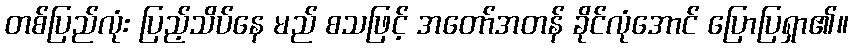
တစ်ပြည်လုံး ပြည့်သိပ်နေ မည် စသဖြင့် အတော်အတန် ခိုင်လုံအောင် ပြောပြရှာ၏။